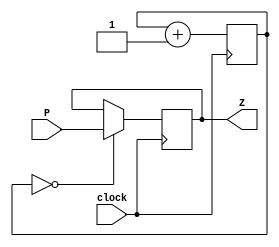
`timescale 1ns / 1ps
//////////////////////////////////////////////////////////////////////////////////
// Company: 
// Engineer: 
// 
// Design Name: 
// Module Name: Debouncer
// Project Name: 
// Target Devices: 
// Tool Versions: 
// Description: 
// 
// Dependencies: 
// 
// Revision:
// Revision 0.01 - File Created
// Additional Comments:
// 
//////////////////////////////////////////////////////////////////////////////////


module Debouncer(
    input wire P,
    input wire clock,
    output reg Z
    );
    reg [20:0] count;
    always @(posedge clock) begin
        count <= count + 1;
        if(count == 0) begin
            Z <= P;
        end
    end
endmodule